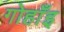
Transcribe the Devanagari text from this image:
गोहाँइ